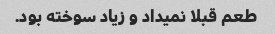
طعم قبلا نمیداد و زیاد سوخته بود.